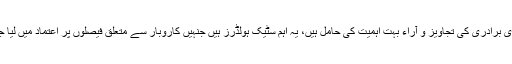
کاروباری برادری کی تجاویز و آراء بہت اہمیت کی حامل ہیں، یہ اہم سٹیک ہولڈرز ہیں جنہیں کاروبار سے متعلق فیصلوں پر اعتماد میں لیا جائے گا۔